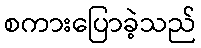
စကားပြောခဲ့သည်